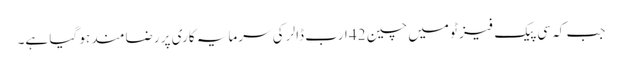
جب کہ سی پیک فیز ٹو میں چین 42 ارب ڈالر کی سرمایہ کاری پر رضامند ہو گیا ہے۔